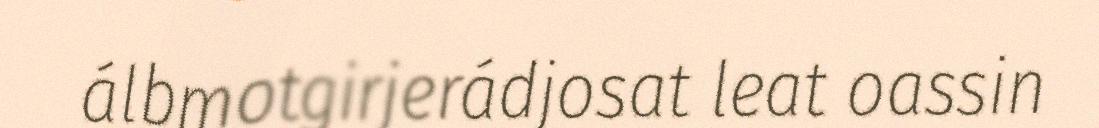
álbmotgirjerádjosat leat oassin